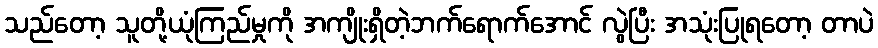
သည်တော့ သူတို့ယုံကြည်မှုကို အကျိုးရှိတဲ့ဘက်ရောက်အောင် လွဲပြီး အသုံးပြုရတော့ တာပဲ